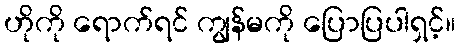
ဟိုကို ရောက်ရင် ကျွန်မကို ပြောပြပါရှင့်။